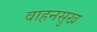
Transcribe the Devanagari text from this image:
वाहनसुख